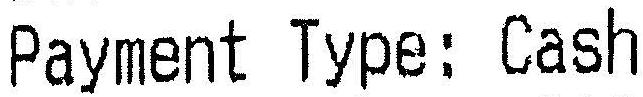
PAYMENT TYPE: CASH